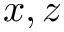
x , z